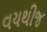
વયથીજ